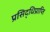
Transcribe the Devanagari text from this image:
प्रसिद्धिप्राप्ति